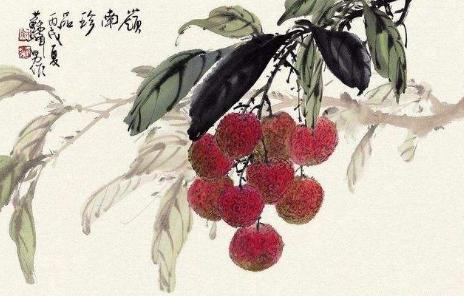
世间珍果更无加，玉雪肌肤罩绛纱。